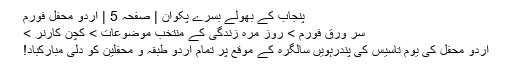
پنجاب کے بھولے بسرے پکوان | صفحہ 5 | اردو محفل فورم
سر ورق فورم > روز مرہ زندگی کے منتخب موضوعات > کچن کارنر >
اردو محفل کی یوم تاسیس کی پندرہویں سالگرہ کے موقع پر تمام اردو طبقہ و محفلین کو دلی مبارکباد!